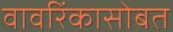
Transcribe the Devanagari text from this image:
वावरिंकासोबत